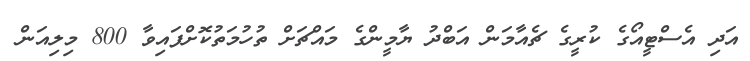
އަދި އެސްޓީއޯގެ ކުރީގެ ޗެއާމަން އަބްދު ޔާމީންގެ މައްޗަށް ތުހުމަތުކޮށްފައިވާ 800 މިލިއަން